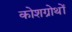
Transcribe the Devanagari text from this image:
कोशग्रोथों